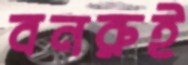
বনরুই